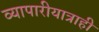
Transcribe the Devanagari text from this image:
व्यापारीयात्राही